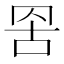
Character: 𮊁